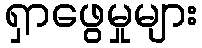
ရှာဖွေမှုများ